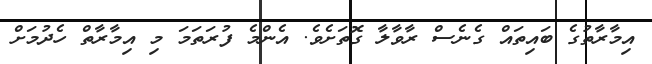
އިމާރާތުގެ ބައިތައް ގެނެސް ރާވާލާ ގޮތަށެވެ. އެންމެ ފުރަތަމަ މި އިމާރާތް ހެދުމަށް